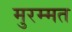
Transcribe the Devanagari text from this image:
मुरम्मत